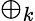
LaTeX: \oplus_{k}